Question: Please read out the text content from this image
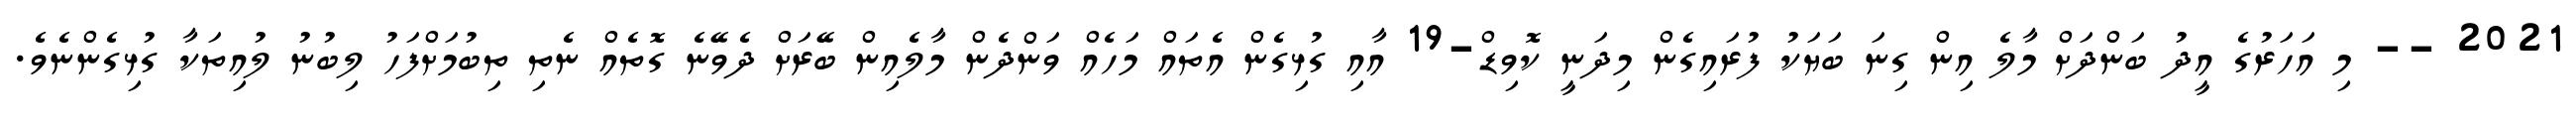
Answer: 2021 -- މި އަހަރުގެ އީދު ބަންދަށް މާލެ އިން ގިނަ ބަޔަކު ފުރައިގެން މިދަނީ ކޮވިޑް-19 އާއި ގުޅިގެން އެތައް މަހެއް ވަންދެން މާލެއިން ބޭރަށް ދެވޭނެ ގޮތެއް ނެތި ތިބުމަށްފަހު ލިބުނު ލުއިތަކާ ގުޅިގެންނެވެ.